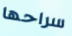
سراحها